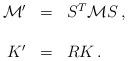
LaTeX: \begin{align*}\begin{array}{rcl}{\cal M}^{\prime} & = & S^{T}{\cal M}S\, ,\\& & \\K^{\prime} & = & RK\, .\\\end{array}\end{align*}